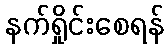
နက်ရှိုင်းစေရန်